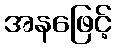
အနဖြေင့်